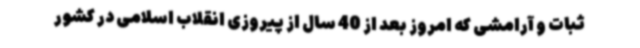
ثبات و آرامشی که امروز بعد از 40 سال از پیروزی انقلاب اسلامی در کشور